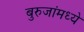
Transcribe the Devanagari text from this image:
बुरुजांमध्ये